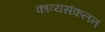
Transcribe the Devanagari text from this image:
काव्यसंकलन